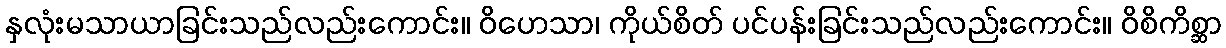
နှလုံးမသာယာခြင်းသည်လည်းကောင်း။ ဝိဟေသာ၊ ကိုယ်စိတ် ပင်ပန်းခြင်းသည်လည်းကောင်း။ ဝိစိကိစ္ဆာ